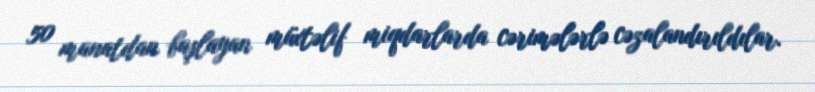
50 manatdan başlayan müxtəlif miqdarlarda cərimələrlə cəzalandırıldılar.